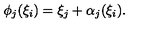
\phi _ { j } ( \xi _ { i } ) = \xi _ { j } + \alpha _ { j } ( \xi _ { i } ) .